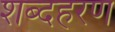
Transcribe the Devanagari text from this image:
शब्दहरण